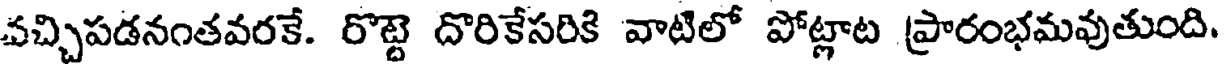
వచ్చిపడనంతవరకే. రొట్టె దొరికేసరికి వాటిలో పోట్లాట ప్రారంభమవుతుంది.